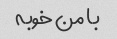
با من خوبه